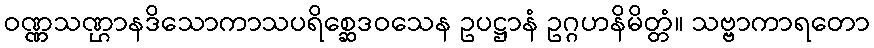
ဝဏ္ဏသဏ္ဌာနဒိသောကာသပရိစ္ဆေဒဝသေန ဥပဋ္ဌာနံ ဥဂ္ဂဟနိမိတ္တံ။ သဗ္ဗာကာရတော